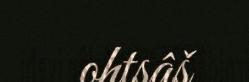
ohtsâš